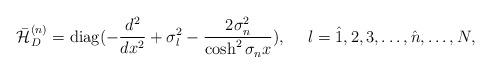
LaTeX: \begin{align*}\bar{\cal H}^{(n)}_D={\rm diag}(-\frac{d^2}{dx^2}+\sigma_l^2-\frac{2\sigma_n^2}{\cosh^2\sigma_nx}),\ \ \ \ l=\hat{1},2,3,\ldots,\hat{n},\ldots,N ,\end{align*}